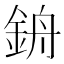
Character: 𨦞